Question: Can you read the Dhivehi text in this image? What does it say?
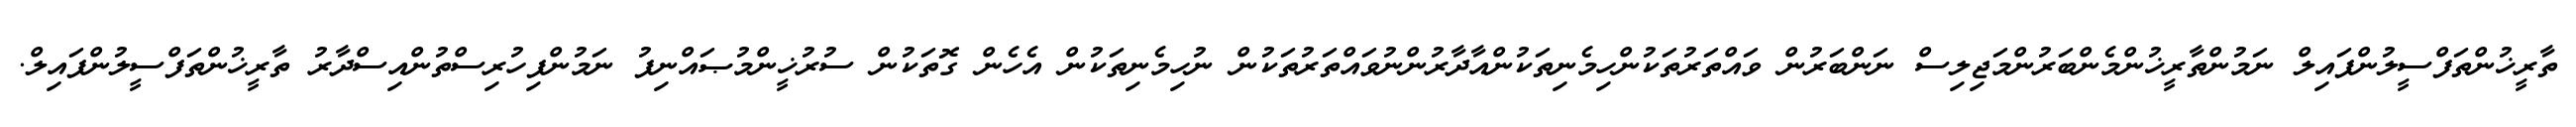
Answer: ތާރީޚުންތަފްސީލުންފައިލް ނަމުންތާރީޚުންމެންބަރުންމަޖިލިސް ނަންބަރުން ވައްތަރުތަކުންހިމެނިތަކުންއާދާރުންނުވައްތަރުތަކުން ނުހިމެނިތަކުން އެހެން ގޮތަކުން ސުރުޚީންމުޞައްނިފު ނަމުންފިހުރިސްތުންއިސްދާރު ތާރީޚުންތަފްސީލުންފައިލް.